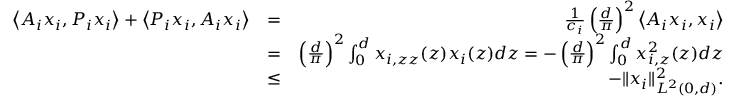
\begin{array} { r l r } { \left\langle A _ { i } x _ { i } , P _ { i } x _ { i } \right\rangle + \left\langle P _ { i } x _ { i } , A _ { i } x _ { i } \right\rangle } & { = } & { \frac { 1 } { c _ { i } } \left( \frac { d } { \pi } \right) ^ { 2 } \left\langle A _ { i } x _ { i } , x _ { i } \right\rangle } \\ & { = } & { \left( \frac { d } { \pi } \right) ^ { 2 } \int _ { 0 } ^ { d } x _ { i , z z } ( z ) x _ { i } ( z ) d z = - \left( \frac { d } { \pi } \right) ^ { 2 } \int _ { 0 } ^ { d } x _ { i , z } ^ { 2 } ( z ) d z } \\ & { \leq } & { - \| x _ { i } \| _ { L ^ { 2 } ( 0 , d ) } ^ { 2 } . } \end{array}